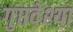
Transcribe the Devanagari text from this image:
गुप्तवेश्या